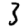
Digit: 3